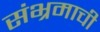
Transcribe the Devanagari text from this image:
संभ्रमाची